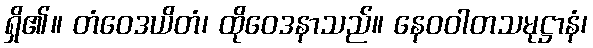
ရှိ၏။ တံဝေဒယိတံ၊ ထိုဝေဒနာသည်။ နေဝဝါတသမုဋ္ဌာနံ၊